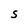
Character: S